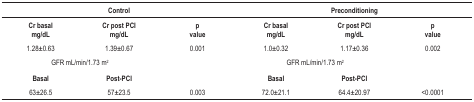
| <COLSPAN=3> Control | <COLSPAN=3> Preconditioning |
 | --- | --- | --- | --- | --- | --- |
 | Cr basal | Cr post PCI | p | Cr basal | Cr post PCI | p |
 | mg/dL | mg/dL | value | mg/dL | mg/dL | value |
 | 1.28±0.63 | 1.39±0.67 | 0.001 | 1.0±0.32 | 1.17±0.36 | 0.002 |
 | <COLSPAN=2> GFR mL/min/1.73 m2 |  | <COLSPAN=2> GFR mL/min/1.73 m2 |  |
 | Basal | Post-PCI |  | Basal | Post-PCI |  |
 | 63±26.5 | 57±23.5 | 0.003 | 72.0±21.1 | 64.4±20.97 | <0.0001 |